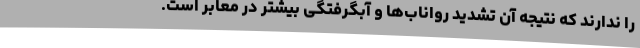
را ندارند که نتیجه آن تشدید رواناب‌ها و آبگرفتگی بیشتر در معابر است.